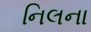
નિલના